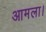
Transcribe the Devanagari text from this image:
आमला।